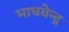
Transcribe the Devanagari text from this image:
माधवेन्द्र